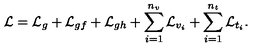
{ \cal L } = { \cal L } _ { g } + { \cal L } _ { g f } + { \cal L } _ { g h } + \sum _ { i = 1 } ^ { n _ { v } } { \cal L } _ { v _ { i } } + \sum _ { i = 1 } ^ { n _ { t } } { \cal L } _ { t _ { i } } .